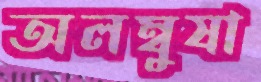
অলম্বুষা